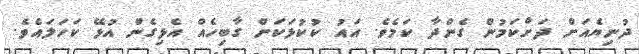
ދުނިޔެއަށް ދަށްކަމުން ގެންދާ ކަމެވެ. އައު ކުކުޅަކަށް ގާބިހެއް އެޅިގެން އުޅޭ ކަހަލައެވެ.